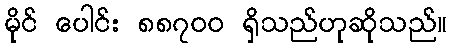
မိုင် ပေါင်း ၈၈၇၀၀ ရှိသည်ဟုဆိုသည်။